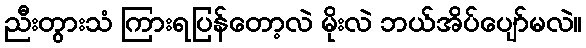
ညီးတွားသံ ကြားရပြန်တော့လဲ မိုးလဲ ဘယ်အိပ်ပျော်မလဲ။